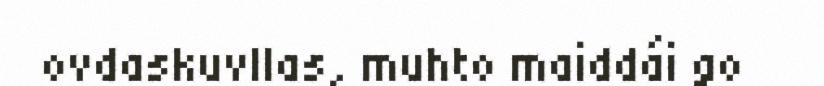
ovdaskuvllas, muhto maiddái go